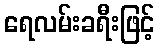
ရေလမ်းခရီးဖြင့်